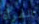
المرأة